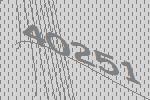
40251